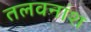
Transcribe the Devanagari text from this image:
तलवनांश